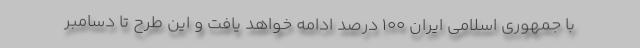
با جمهوری اسلامی ایران ۱۰۰ درصد ادامه خواهد یافت و این طرح تا دسامبر